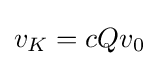
\displaystyle {v_{K}=cQv_{0}}